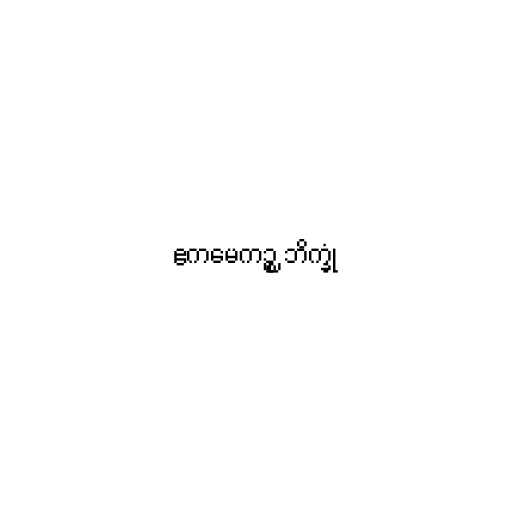
ဧကမေကဉ္စ ဘိက္ခုံ